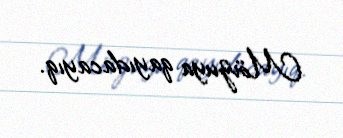
Mövzuya qayıdacayıq.